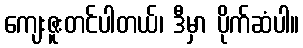
ကျေးဇူးတင်ပါတယ်၊ ဒီမှာ ပိုက်ဆံပါ။